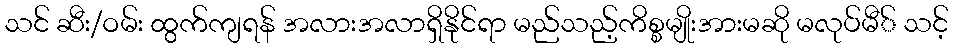
သင် ဆီး/ဝမ်း ထွက်ကျရန် အလားအလာရှိနိုင်ရာ မည်သည့်ကိစ္စမျိုးအားမဆို မလုပ်မီ် သင့်